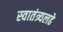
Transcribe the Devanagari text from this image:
स्वातंत्र्यलढे